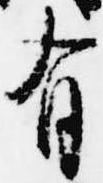
有